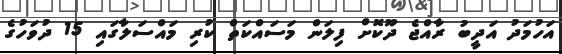
އަހުމަދު އަދީބު ރާއްޖެ ދޫކޮށް ފިލަން މަސައްކަތް ކުރި މައްސަލާގައި 15 ދުވަހުގެ